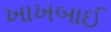
ખાખબાઈ